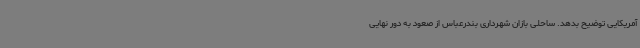
آمریکایی توضیح بدهد. ساحلی بازان شهرداری بندرعباس از صعود به دور نهایی